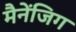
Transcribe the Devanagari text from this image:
मैनेंजिग